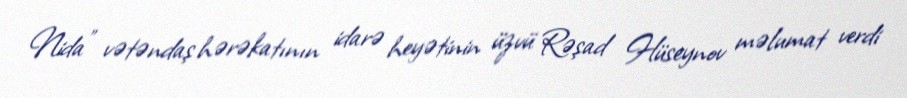
Nida" vətəndaş hərəkatının idarə heyətinin üzvü Rəşad Hüseynov məlumat verdi